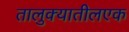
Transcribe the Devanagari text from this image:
तालुक्यातीलएक